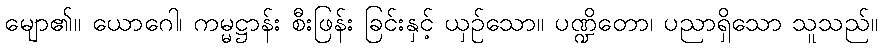
မျော၏။ ယောဂေါ၊ ကမ္မဋ္ဌာန်း စီးဖြန်း ခြင်းနှင့် ယှဉ်သော။ ပဏ္ဍိတော၊ ပညာရှိသော သူသည်။